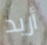
أريد